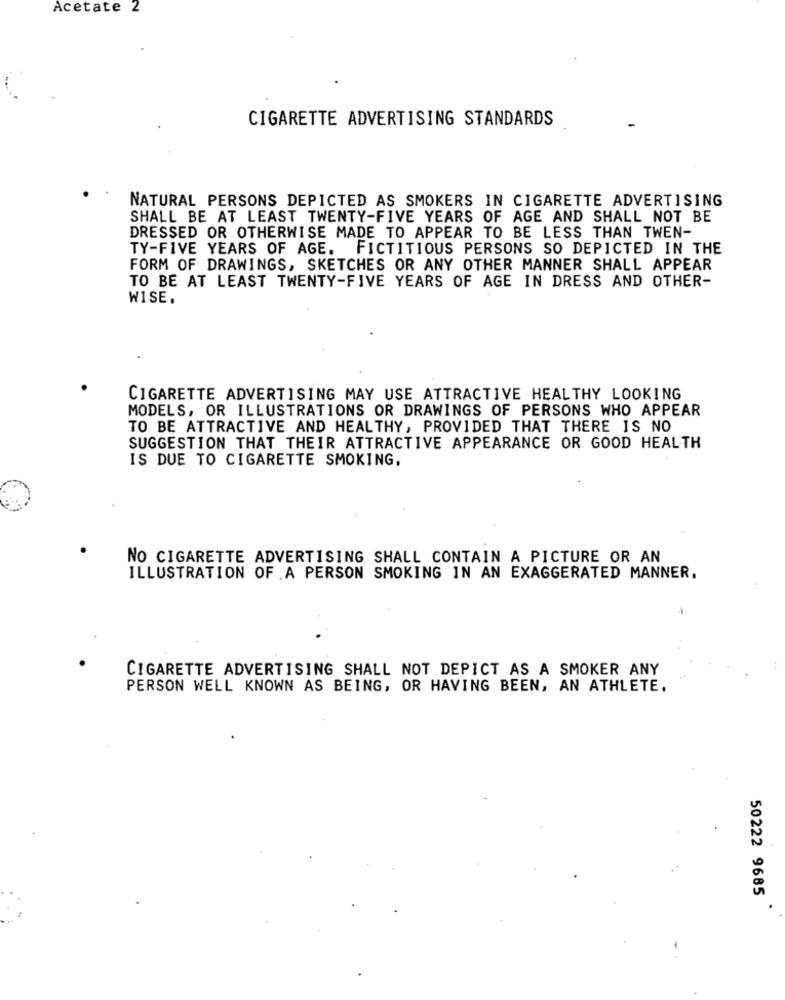
Acetate 2
CIGARETTE ADVERTISING STANDARDS
NATURAL PERSONS DEPICTED AS SMOKERS IN CIGARETTE ADVERTISING
SHALL BE AT LEAST TWENTY-FIVE YEARS OF AGE AND SHALL NOT BE
DRESSED OR OTHERWISE MADE TO APPEAR TO BE LESS THAN TWEN-
TY-FIVE YEARS OF AGE. FICTITIOUS PERSONS SO DEPICTED IN THE
FORM OF DRAWINGS, SKETCHES OR ANY OTHER MANNER SHALL APPEAR
TO BE AT LEAST TWENTY-FIVE YEARS OF AGE IN DRESS AND OTHER-
WISE.
CIGARETTE ADVERTISING MAY USE ATTRACTIVE HEALTHY LOOKING
MODELS, OR ILLUSTRATIONS OR DRAWINGS OF PERSONS WHO APPEAR
TO BE ATTRACTIVE AND HEALTHY, PROVIDED THAT THERE IS NO
SUGGESTION THAT THEIR ATTRACTIVE APPEARANCE OR GOOD HEALTH
IS DUE TO CIGARETTE SMOKING.
NO CIGARETTE ADVERTISING SHALL CONTAIN A PICTURE OR AN
ILLUSTRATION OF .A PERSON SMOKING IN AN EXAGGERATED MANNER.
CIGARETTE ADVERTISING SHALL NOT DEPICT AS A SMOKER ANY
PERSON WELL KNOWN AS BEING, OR HAVING BEEN, AN ATHLETE.
50222 9685